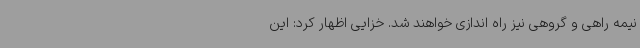
نیمه راهی و گروهی نیز راه اندازی خواهند شد. خزایی اظهار کرد: این